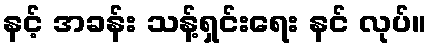
နင့် အခန်း သန့်ရှင်းရေး နင် လုပ်။